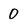
Character: 0